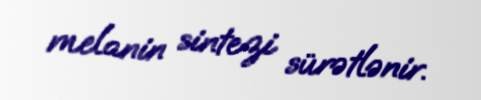
melanin sintezi sürətlənir.